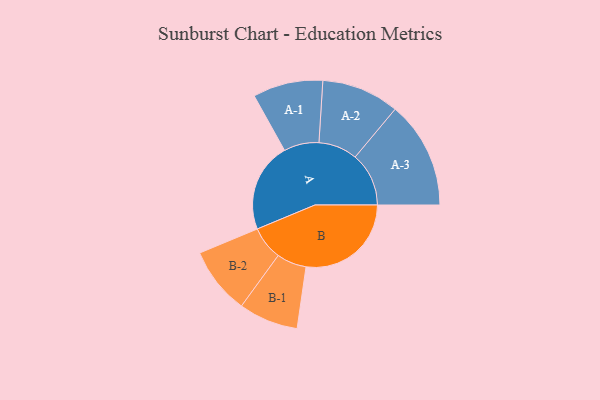
{"axis": {"x": "Segment", "y": "Value"}, "legend": ["", "A", "B"], "data": [{"x": "A", "y": 423, "type": ""}, {"x": "B", "y": 498, "type": ""}, {"x": "A-1", "y": 166, "type": "A"}, {"x": "A-2", "y": 184, "type": "A"}, {"x": "A-3", "y": 254, "type": "A"}, {"x": "B-1", "y": 141, "type": "B"}, {"x": "B-2", "y": 159, "type": "B"}]}